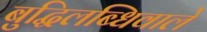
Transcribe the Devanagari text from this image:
बुद्धिलब्धिवाले